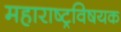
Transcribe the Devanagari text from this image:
महाराष्ट्रविषयक